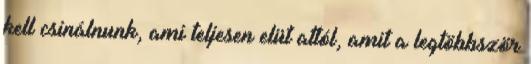
kell csinálnunk, ami teljesen elüt attól, amit a legtöbbször